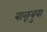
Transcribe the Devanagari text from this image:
बाळूबुवा